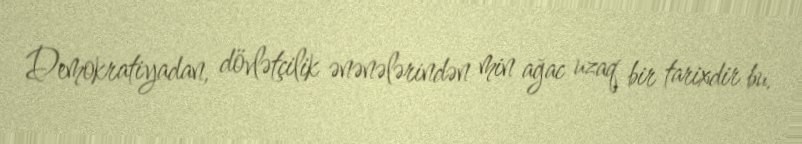
Demokratiyadan, dövlətçilik ənənələrindən min ağac uzaq bir tarixdir bu.